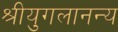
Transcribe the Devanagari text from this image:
श्रीयुगलानन्य